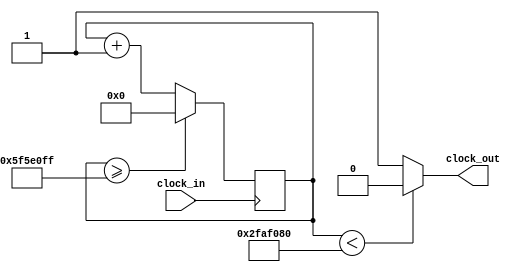
// fpga4student.com: FPGA projects, VHDL projects, Verilog projects
// Verilog project: Verilog code for clock divider on FPGA
// Top level Verilog code for clock divider on FPGA
module Clock_divider(clock_in,clock_out
    );
input clock_in; // input clock on FPGA
output clock_out; // output clock after dividing the input clock by divisor
reg[27:0] counter=28'd0;
parameter DIVISOR = 28'd100000000;
// The frequency of the output clk_out
//  = The frequency of the input clk_in divided by DIVISOR
// For example: Fclk_in = 50Mhz, if you want to get 1Hz signal to blink LEDs
// You will modify the DIVISOR parameter value to 28'd50.000.000
// Then the frequency of the output clk_out = 50Mhz/50.000.000 = 1Hz
always @(posedge clock_in)
begin
 counter <= counter + 28'd1;
 if(counter>=(DIVISOR-1))
  counter <= 28'd0;
end
assign clock_out = (counter<DIVISOR/2)?1'b0:1'b1;
endmodule